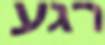
רגע